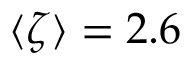
\langle \zeta \rangle = 2 . 6